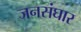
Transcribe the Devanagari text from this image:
जनसंघार